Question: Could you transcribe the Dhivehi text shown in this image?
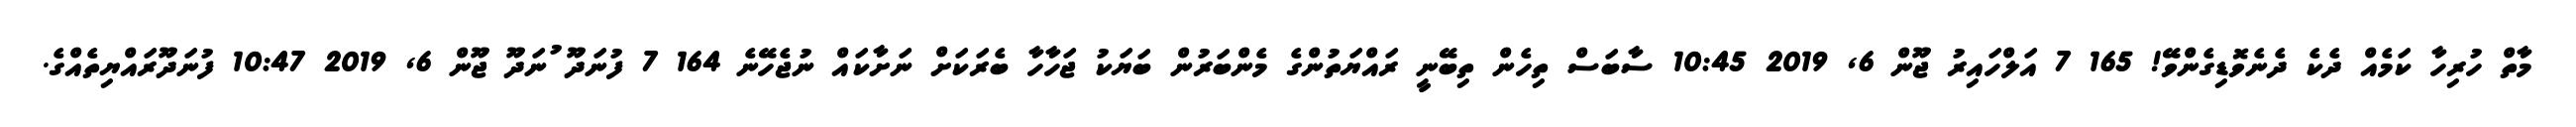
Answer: މާތް ހުރިހާ ކަމެއް ދެކެ ދެނެވޮޑިގެންވޭ! 165 7 އަލްހައިރު ޖޫން 6, 2019 10:45 ސާބަސް ތިހެން ތިބޭނީ ރައްޔަތުންގެ މެންބަރުން ބަޔަކު ޖަހާހާ ބެރަކަށް ނަށާކައް ނުޖެހޭނެ 164 7 ފުނަދޫ ުނަދޫ ޖޫން 6, 2019 10:47 ފުނަދޫރައްޔިތެއްގެ.